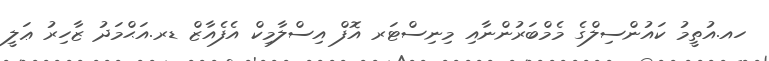
ހއ.އުތީމު ކައުންސިލްގެ މެމްބަރުންނާއި މިނިސްޓަރ އޮފް އިސްލާމިކް އެފެއާޒް ޑރ.އަޙްމަދު ޒާހިރު ޢަލީ